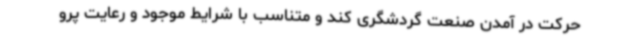
حرکت در آمدن صنعت گردشگری کند و متناسب با شرایط موجود و رعایت پرو